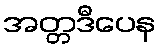
အတ္တဒီပေန